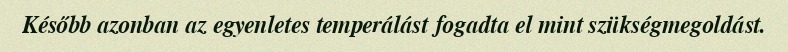
Később azonban az egyenletes temperálást fogadta el mint szükségmegoldást.